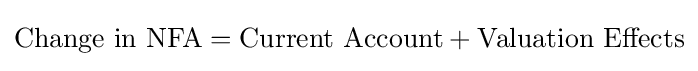
{\begin{aligned}{\mbox{Change in NFA}}&={\mbox{Current Account}}+{\mbox{Valuation Effects}}\\\end{aligned}}